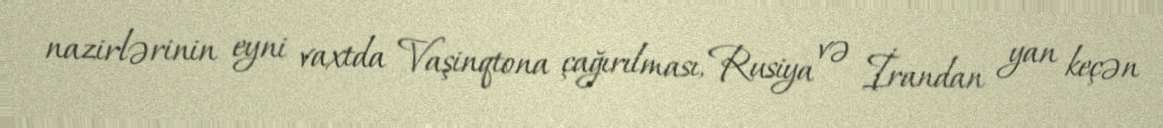
nazirlərinin eyni vaxtda Vaşinqtona çağırılması, Rusiya və İrandan yan keçən